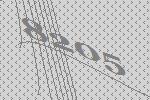
8205